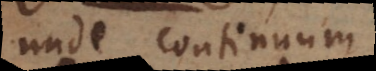
unde continuum,